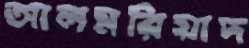
আলমরিয়াদ